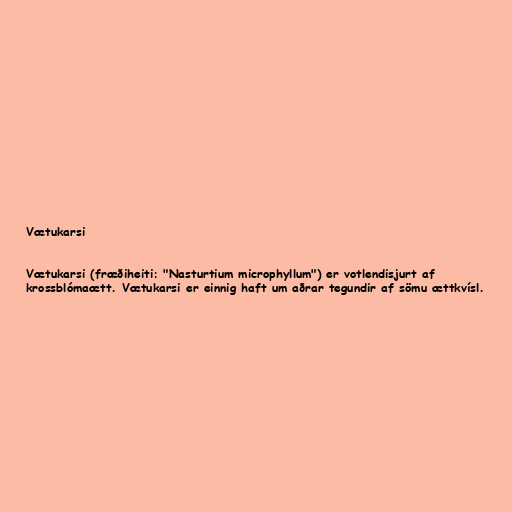
Vætukarsi

Vætukarsi (fræðiheiti: "Nasturtium microphyllum") er votlendisjurt af
krossblómaætt. Vætukarsi er einnig haft um aðrar tegundir af sömu ættkvísl.